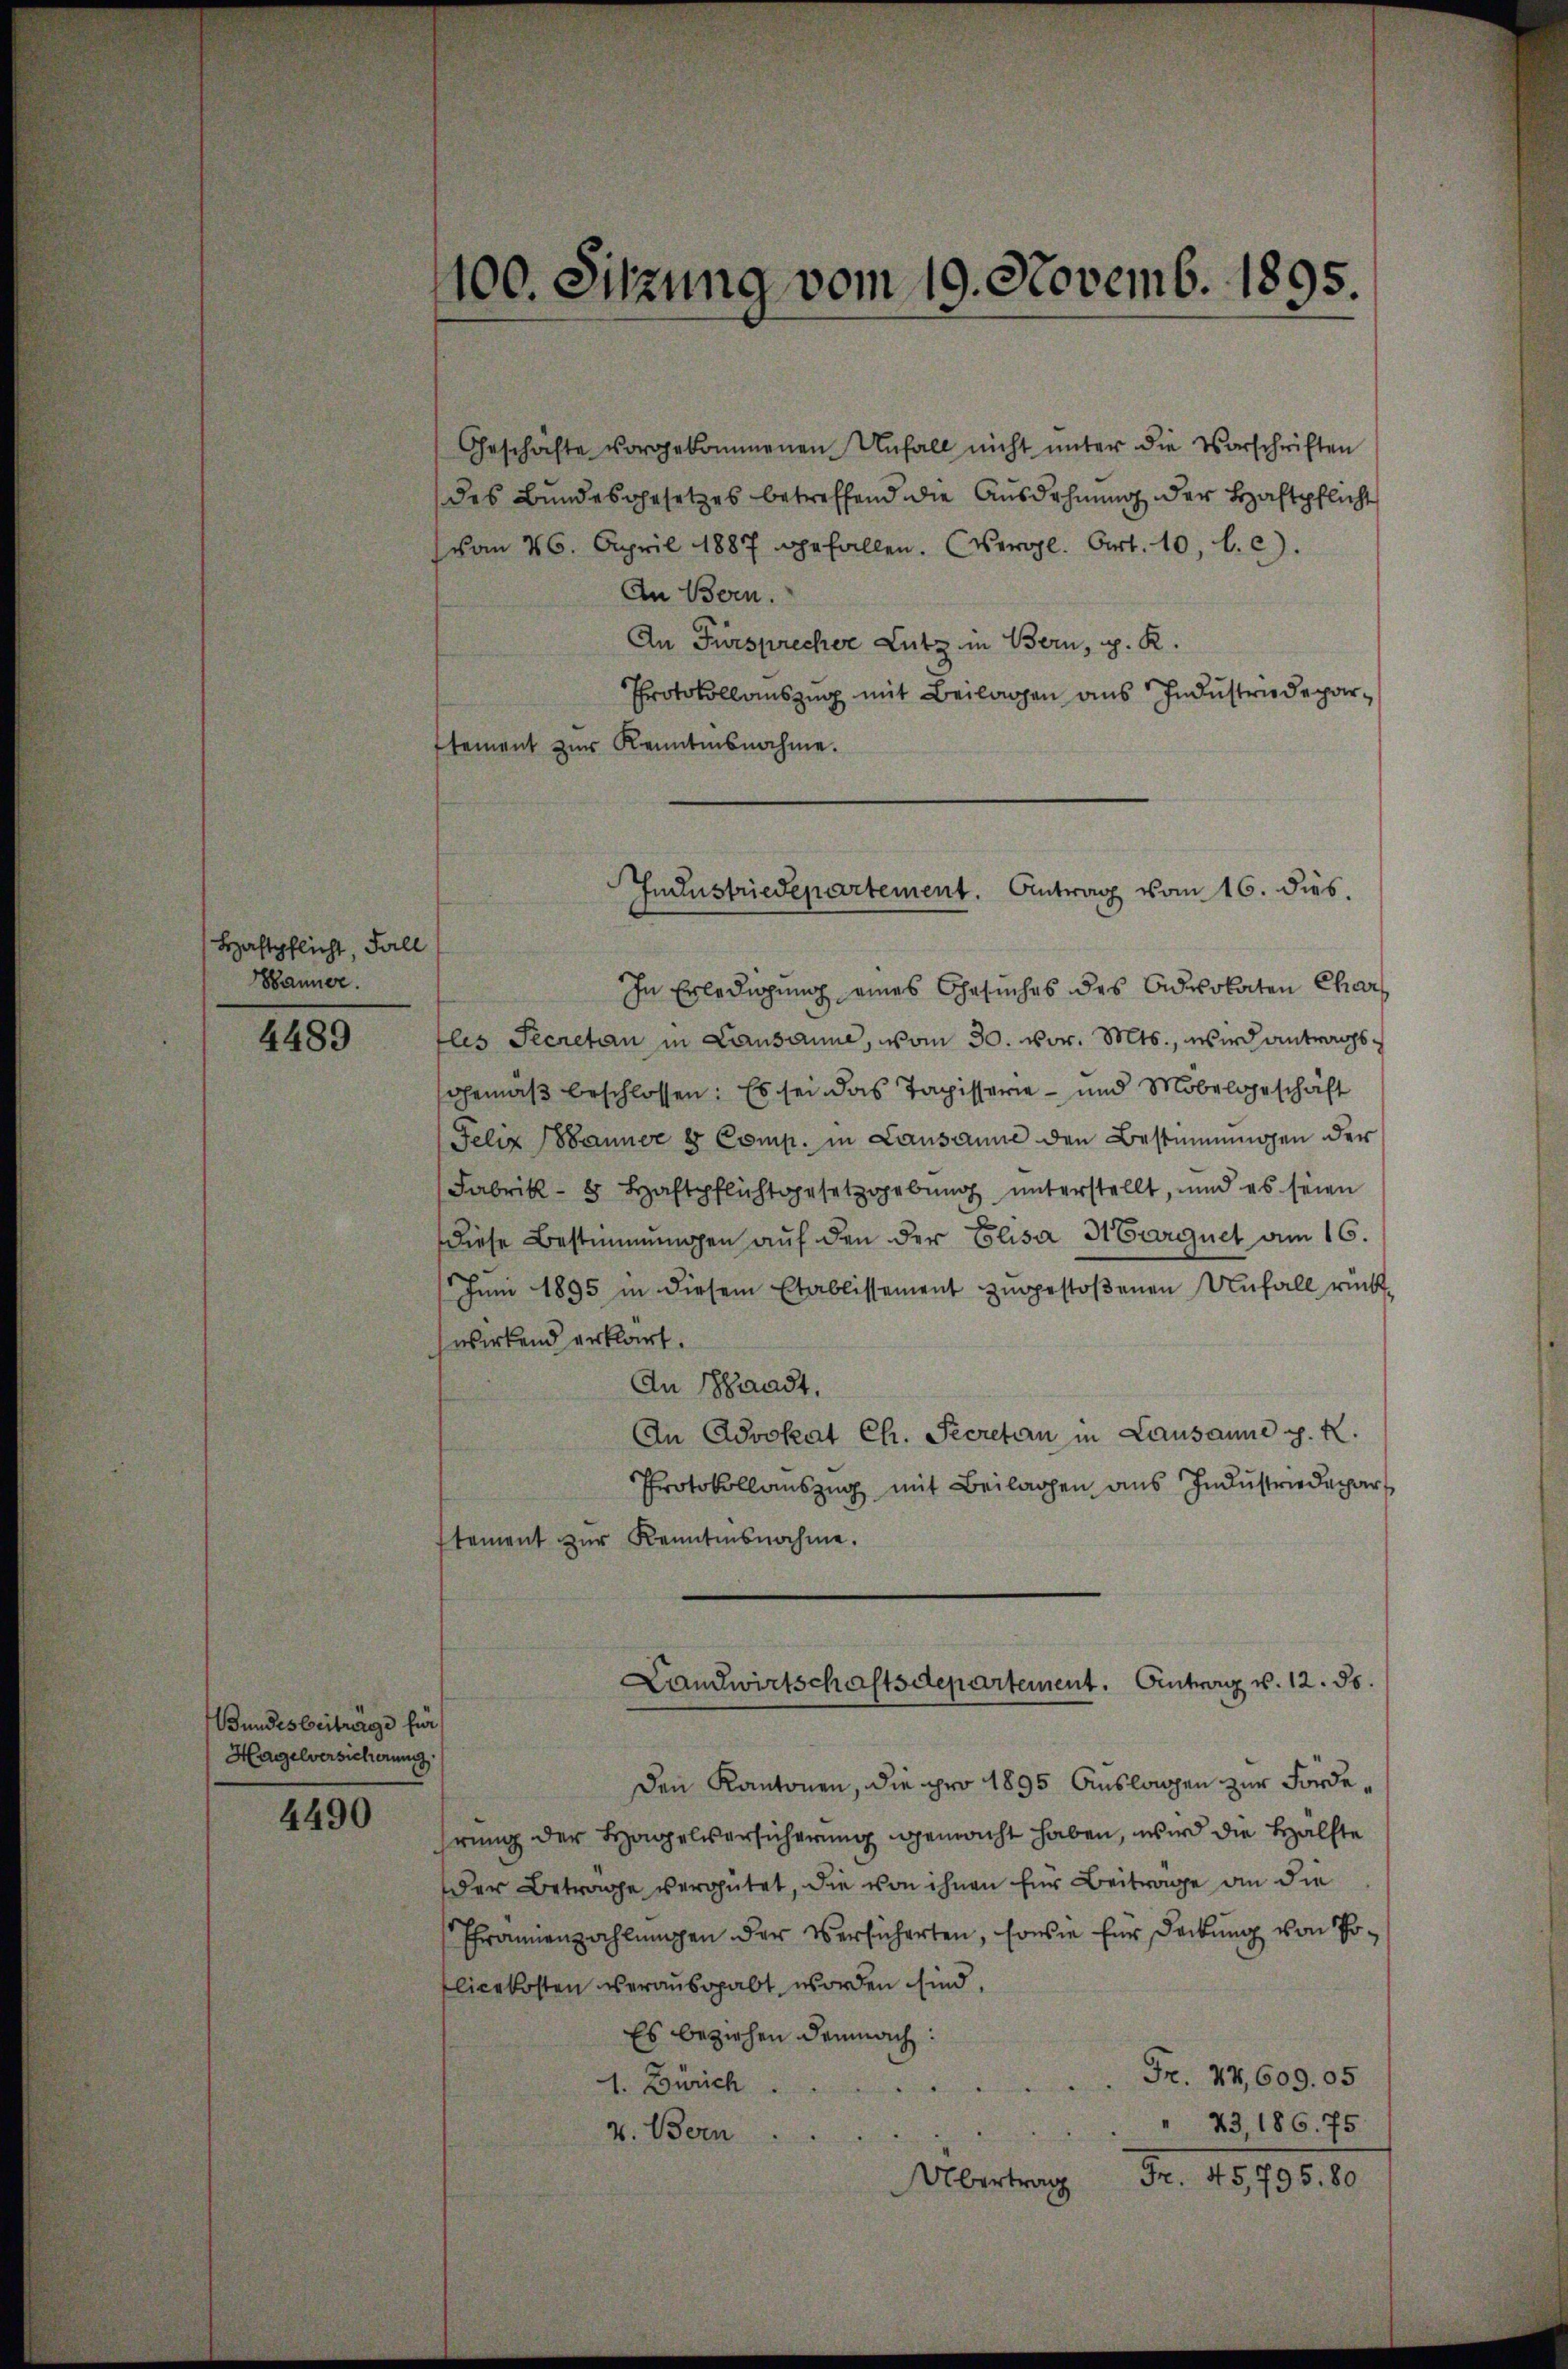
Haftpflicht, Fall
änner.

4489

Bundesbeitrage für
Hagelversicherung

4490

100. Sitzung vom 19. Novemb. 1895.

Geschäfte vorgekommenen Unfall nicht ŭnter die Vorschriften
des Bundesgesetzes betreffend die Ausdehnung der Haftpflicht
vom 26. April 1887 gefallen. (Vergl. Art. 10, b. c).
An Bern.
An Fürsprecher Lutz in Bern, z. R.
Protokollauszug mit Beilagen aus Industriedepartement zur Kenntnisnahme.
In Erledigung eines Gesuches des Advokaten Char
les Secretan in Lausanne, vom 30. vor. Mts., wird antragsgemäß beschlossen: Es sei das Tapisserie - und Mobelgeschäft
Felix Banner 8 Comp. in Lausanne den Bestimmungen der
Fabrik- 8 Haftpflichtgesetzgebung unterstellt, und es seien
diese Bestimmungen auf den der Elisa Marquet am 16.
Juni 1895 in diesem Etablissement zugestoßenen Unfall rückwirkend erklärt.
An Stadt,
An Advokat Ch. Secretan in Lausanne p. X.
Protokollauszug mit Beilagen aus Industriedepar
stement zŭr Kenntnisnahme.
Landwirtschaftsdepartement. Eintrag v. 12. ds.
Den Kantonen, die pro 1895 Auslagen zur Förderung der Hagelversicherung gemacht haben, wird die Hälfte
Der Betrage vergütet, die von ihnen für Beitrage an die
Ehrannenzahlungen der Versicherten, sowie für Deckung von Po¬
Elicekosten verausgabt worden sind.
Es beziehen demnach:
Fr. 44, 609. 05
1. Zürich.
" 23, 186. 75
v. Bern
Übertrag Fr. 45796. 80

Industriedepartement. Antrag vom 16. dies